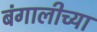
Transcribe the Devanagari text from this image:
बंगालीच्या